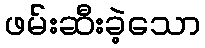
ဖမ်းဆီးခဲ့သော